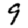
Digit: 9